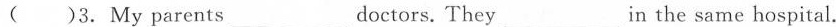
( )3. My parents_doctors. They_in the same hospital.